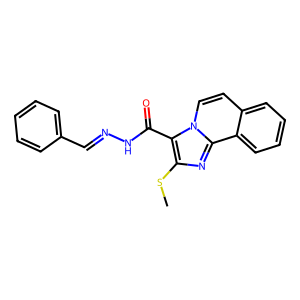
SMILES: CSc1nc2c3ccccc3ccn2c1C(=O)NN=Cc1ccccc1
Inhibits HIV replication: No